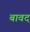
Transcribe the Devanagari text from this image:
बावद